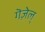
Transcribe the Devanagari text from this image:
गॆज़ेल्